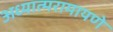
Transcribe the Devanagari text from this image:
अध्यात्मरामायणे